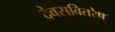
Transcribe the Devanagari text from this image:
देवसवितरेष